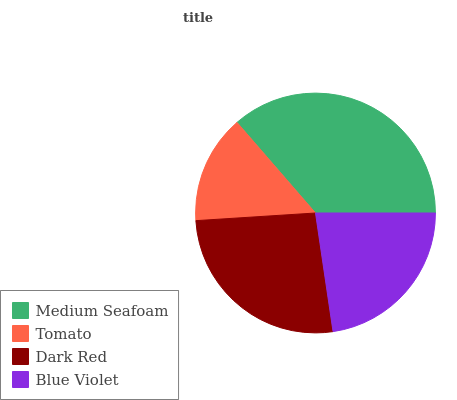
| Medium Seafoam | Tomato | Dark Red | Blue Violet |
 | --- | --- | --- | --- |
 | 36.4% | 14.7% | 26.3% | 22.6% |